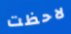
لاحظت